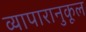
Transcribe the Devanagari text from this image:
व्यापारानुकूल